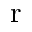
\mathrm { r }